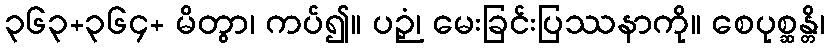
၃၆၃+၃၆၄+ မိတွာ၊ ကပ်၍။ ပဉှံ၊ မေးခြင်းပြဿနာကို။ စေပုစ္ဆန္တိ၊